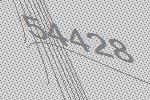
54428